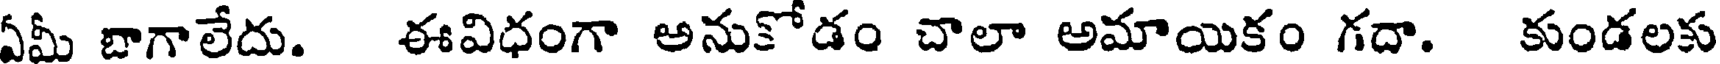
ఏమీ బాగాలేదు. ఈవిధంగా అనుకోడం చాలా అమాయికం గదా. కుండలకు